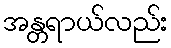
အန္တရာယ်လည်း